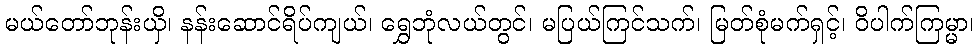
မယ်တော်ဘုန်းယှိ၊ နန်းဆောင်ရိပ်ကျယ်၊ ရွှေဘုံလယ်တွင်၊ မပြယ်ကြင်သက်၊ မြတ်စုံမက်ရှင့်၊ ဝိပါက်ကြမ္မာ၊